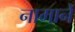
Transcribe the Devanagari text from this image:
नामानें